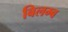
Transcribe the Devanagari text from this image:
बिलम्‍ब